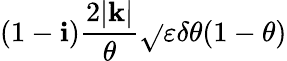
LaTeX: \left(1-\mathbf{i}\right)\frac{{2|\mathbf{{k}}|}}{{\theta}}\sqrt{}{{\varepsilon\delta\theta(1-\theta)}}